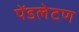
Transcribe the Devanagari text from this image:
पेंडलेटण